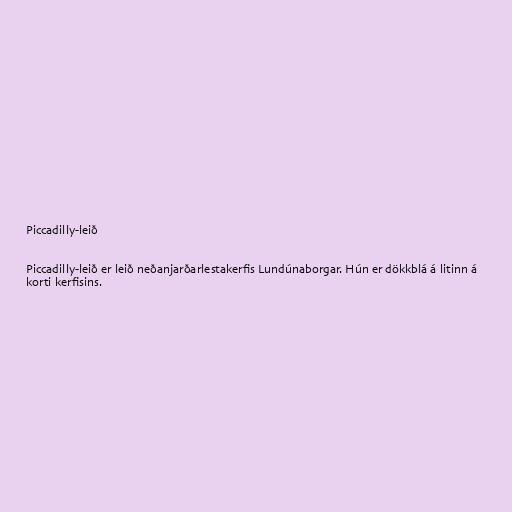
Piccadilly-leið

Piccadilly-leið er leið neðanjarðarlestakerfis Lundúnaborgar. Hún er dökkblá á litinn á
korti kerfisins.